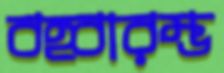
বহ্বারম্ভ